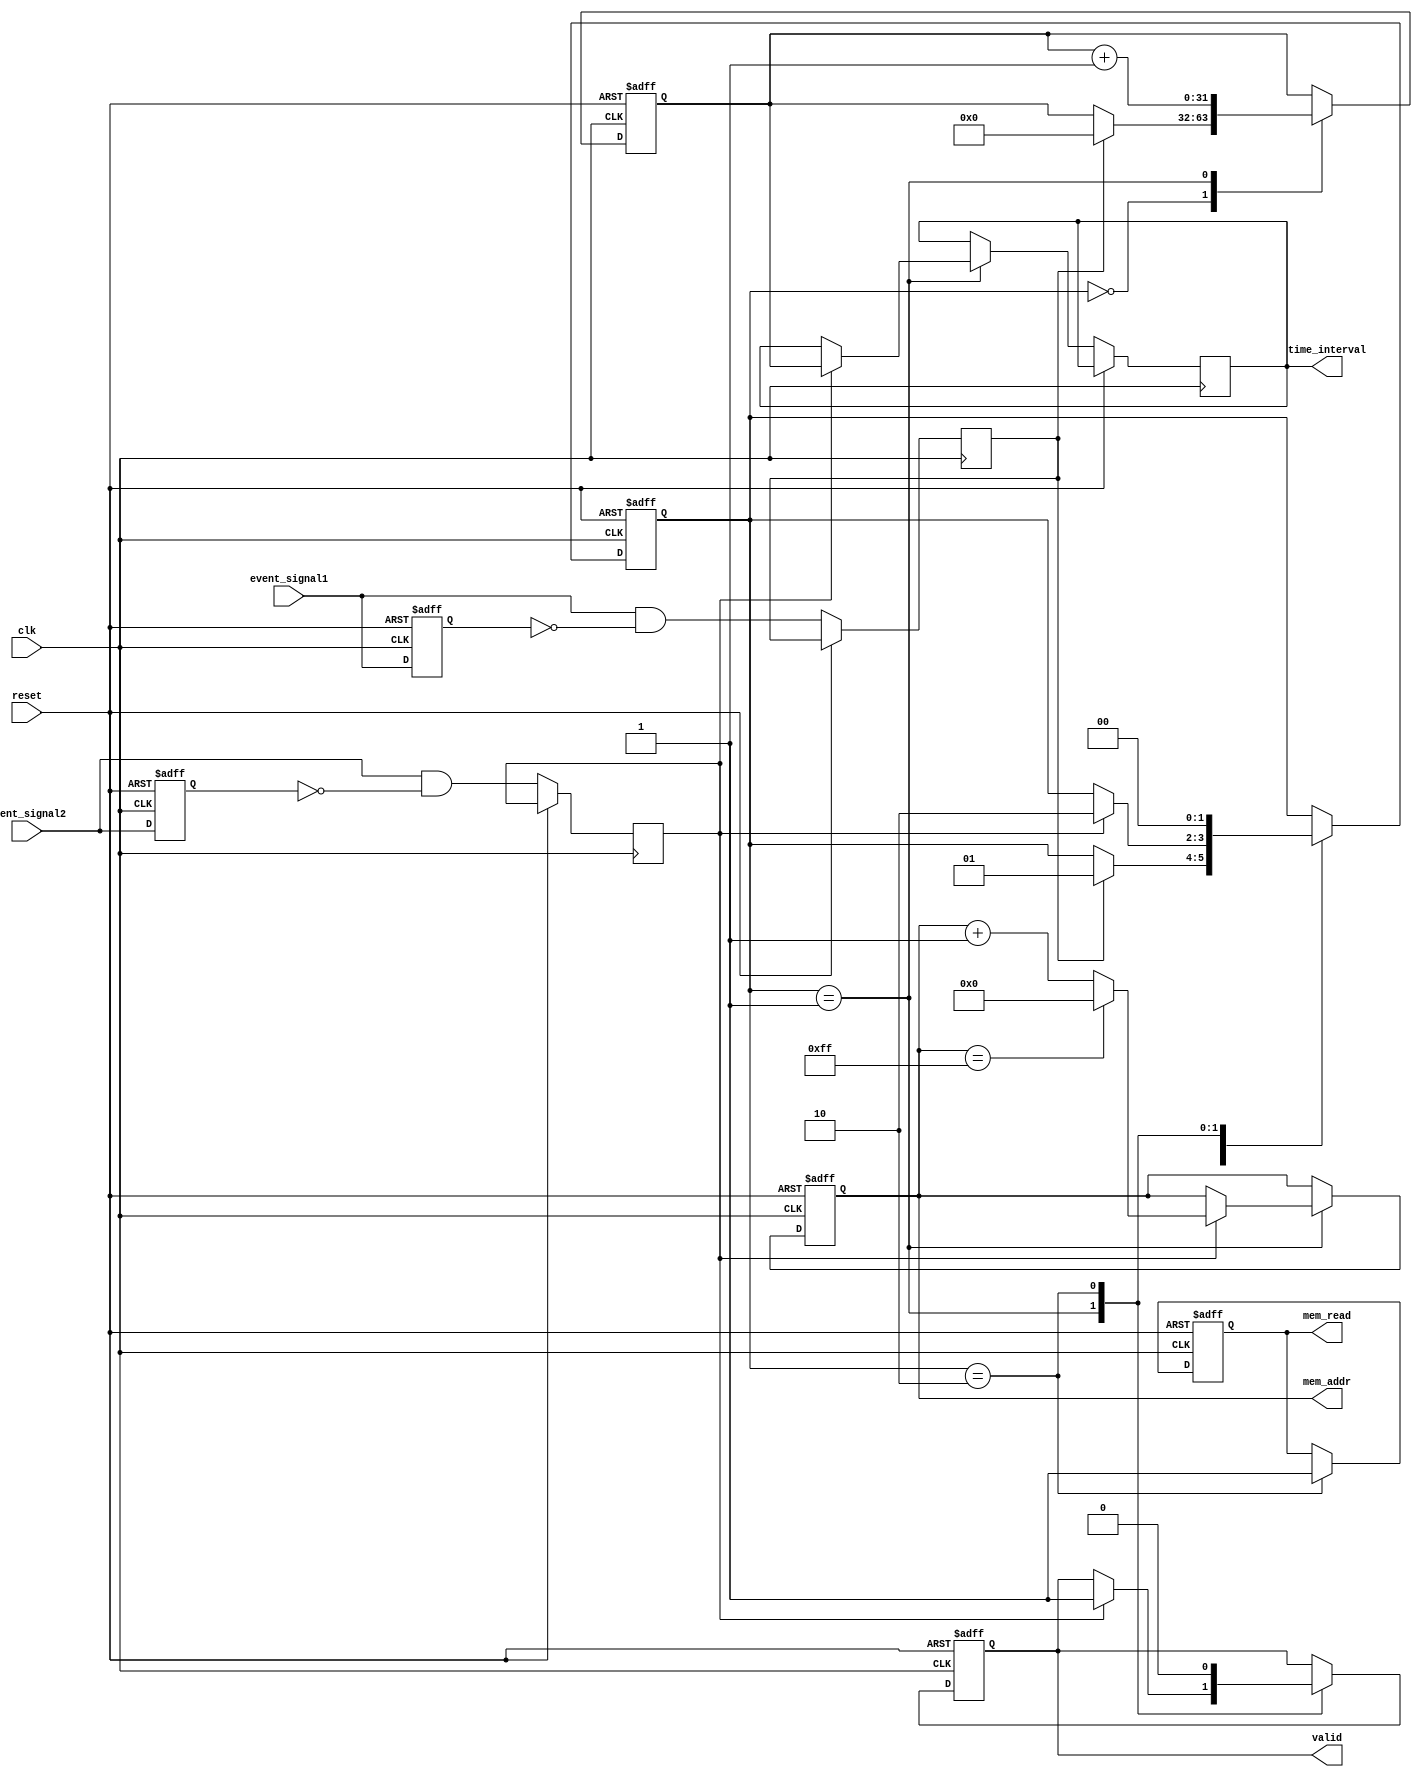
module TDC (
    input wire clk,                    // High-frequency clock
    input wire reset,                  // Asynchronous reset
    input wire event_signal1,          // First event input signal
    input wire event_signal2,          // Second event input signal
    output reg [31:0] time_interval,   // Time interval output
    output reg valid,                  // Valid signal for output data
    output reg [7:0] mem_addr,         // Memory address for output
    output reg mem_read                // Read enable for memory
);
    // Parameters
    parameter MEM_SIZE = 256;          // Size of memory
    reg [31:0] memory [0:MEM_SIZE-1];  // Memory array for storing time intervals
    reg [31:0] counter;                 // Time measurement counter
    reg [1:0] state;                   // FSM state
    reg event1_detected, event2_detected; // Event flags

    // FSM states
    localparam IDLE = 2'b00;
    localparam CAPTURING = 2'b01;
    localparam READING = 2'b10;

    // Edge detection for event signals
    reg event1_prev, event2_prev;

    always @(posedge clk or posedge reset) begin
        if (reset) begin
            event1_prev <= 1'b0;
            event2_prev <= 1'b0;
            counter <= 32'b0;
            state <= IDLE;
            valid <= 1'b0;
            mem_addr <= 8'b0;
            mem_read <= 1'b0;
        end else begin
            // Edge detection
            event1_detected <= event_signal1 && !event1_prev;
            event2_detected <= event_signal2 && !event2_prev;
            event1_prev <= event_signal1;
            event2_prev <= event_signal2;

            // FSM logic
            case (state)
                IDLE: begin
                    if (event1_detected) begin
                        // Start counting on first event
                        counter <= 32'b0;
                        state <= CAPTURING;
                    end
                end

                CAPTURING: begin
                    counter <= counter + 1; // Increment counter on each clock cycle
                    if (event2_detected) begin
                        // Capture the time interval on second event
                        time_interval <= counter;
                        valid <= 1'b1;
                        memory[mem_addr] <= time_interval; // Store in memory
                        mem_addr <= mem_addr + 1; // Increment memory address
                        if (mem_addr == MEM_SIZE-1) begin
                            mem_addr <= 8'b0; // Wrap around
                        end
                        state <= READING;
                    end
                end

                READING: begin
                    mem_read <= 1'b1; // Enable memory read
                    valid <= 1'b0;    // Clear valid signal
                    state <= IDLE;    // Go back to idle state
                end
            endcase
        end
    end
endmodule